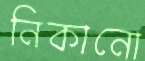
নিকানো